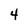
Character: 4